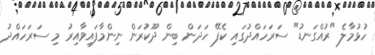
ހުޅުމާލެ "ރުއްގަނޑު" ސަރަހައްދުގައި ކެފޭ ހަދަން ބިން ދޫކުރަން ނިންމާފައިވާއިރު މި ސަރަހައްދު